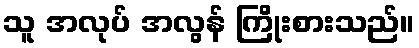
သူ အလုပ် အလွန် ကြိုးစားသည်။